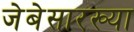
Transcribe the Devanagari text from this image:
जेबेसारख्या